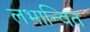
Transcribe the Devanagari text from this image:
लभान्वित